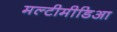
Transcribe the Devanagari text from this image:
मल्टीमीडिआ